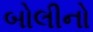
બોલીનો